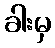
ခါးမှ